Annual administration and progress report of the Indian Medical Department, Bombay
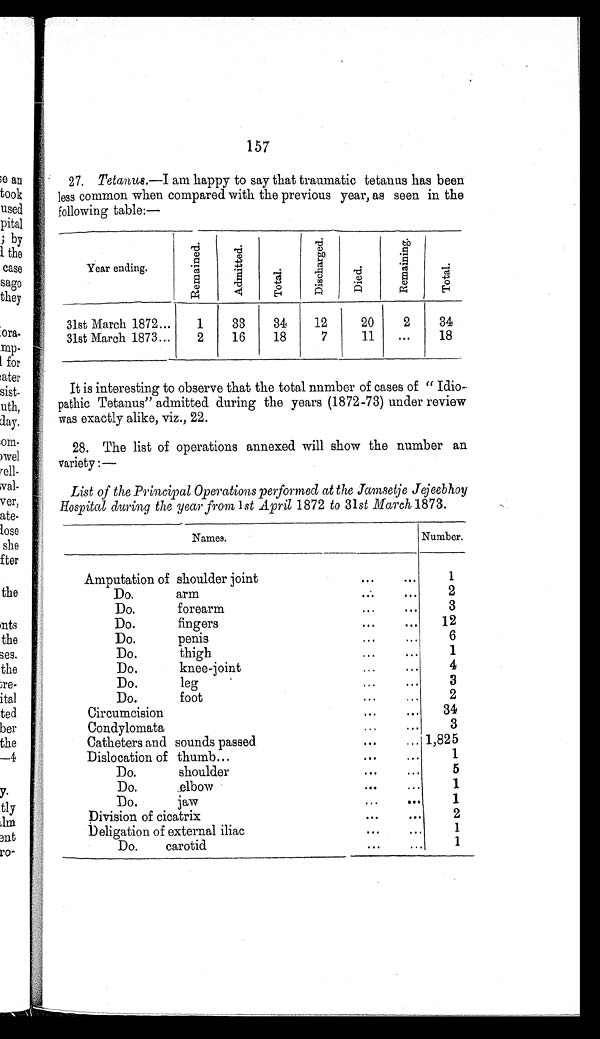
157
27. Tetanus.—I am happy to say that traumatic tetanus has been
less common when compared with the previous year, as seen in the
following table:—
Year ending.
R e m a i n e d .
A d m i t t e d .
T o t a l .
D i s c h a r g e d .
D i e d .
R e m a i n i n g .
T o t a l .
31st March 1872 . . .
1
33
34
12
20
2
34
31st March 1873 . . .
2
16
18
7
11
. . .
18
It is interesting to observe that the total number of cases of " Idio
- p a t h i c T e t a n u s " a d m i t t e d d u r i n g t h e y e a r s ( 1 8 7 2 - 7 3 ) u n d e r r e v i e w
was exactly alike, viz., 22.
28. The list of operations annexed will show the number an
variety:—
List of the Principal Operations performed at the Jamsetje Jejeebhoy
Hospital during the year from 1st April 1872 to 31st March 1873.
Names.
Number.
Amputation of shoulder joint . . .
1
Do.
arm . . .
2
Do.
forearm . . ..
3
Do.
fingers. . .
12
Do.
penis . . .
6
Do.
thigh . . .
1
Do. k n e e - j o i n t . . .
4
D o . l e g . . .
3
Do. foot . . .
2
Circumcision . . . 34
Condylomata . . .
3
Catheters and sounds passed . . . 1,825
Dislocation of thumb . . .
1
Do. shoulder . . .
5
Do. elbow . . .
1
Do.
jaw . . .
1
Division of cicatrix . . .
2
Deligation of external iliac . . .
1
Do.
carotid . . .
1